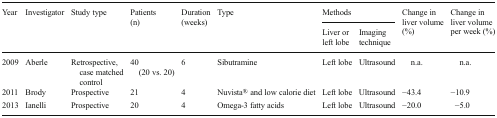
| <ROWSPAN=2> Year | <ROWSPAN=2> Investigator | <ROWSPAN=2> Study type | <ROWSPAN=2> Patients (n) | <ROWSPAN=2> Duration (weeks) | <ROWSPAN=2> Type | <COLSPAN=2> Methods | <ROWSPAN=2> Change in liver volume(%) | <ROWSPAN=2> Change in liver volumeper week (%) |
 | Liver or left lobe | Imaging technique |
 | --- | --- | --- | --- | --- | --- | --- | --- | --- | --- |
 | 2009 | Aberle | Retrospective, case matched control | 40 (20 vs. 20) | 6 | Sibutramine | Left lobe | Ultrasound | n.a. | n.a. |
 | 2011 | Brody | Prospective | 21 | 4 | Nuvista® and low calorie diet | Left lobe | Ultrasound | −43.4 | −10.9 |
 | 2013 | Ianelli | Prospective | 20 | 4 | Omega-3 fatty acids | Left lobe | Ultrasound | −20.0 | −5.0 |